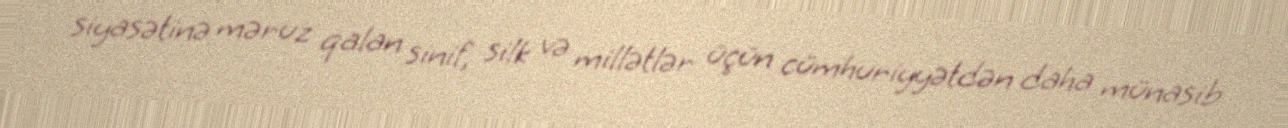
siyasətinə məruz qalan sinif, silk və millətlər üçün cümhuriyyətdən daha münasib